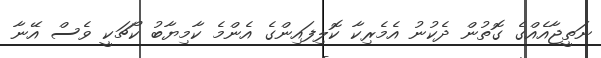
ނަތީޖާއެއްގެ ގޮތުން ދެކުނު އެމެރިކާ ކޮލިފައިންގެ އެންމެ ކާމިޔާބު ކޯޗަކީ ވެސް އޭނާ